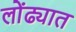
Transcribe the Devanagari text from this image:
लोंढ्यात